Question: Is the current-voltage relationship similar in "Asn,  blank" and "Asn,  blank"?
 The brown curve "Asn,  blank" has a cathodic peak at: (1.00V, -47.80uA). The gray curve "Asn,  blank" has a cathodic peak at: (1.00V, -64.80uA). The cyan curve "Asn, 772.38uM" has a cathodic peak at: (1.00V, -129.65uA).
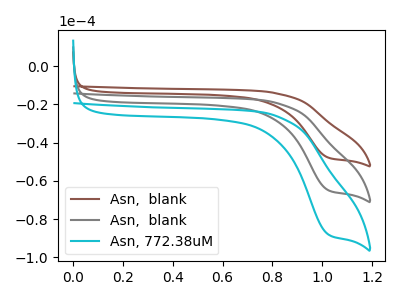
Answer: <think>All the peaks in "Asn,  blank" have a peak in "Asn,  blank" at the same potential. Every peak in "Asn,  blank" is lower than every peak in "Asn,  blank".
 </think>
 <answer>"Asn,  blank" and "Asn,  blank" are similar in shape.</answer>
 <eval>same_shape</eval>